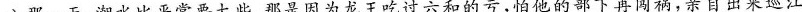
八那一天，潮水比平常要大些，那是因为龙王吃过六和的亏，怕他的部下再闯祸，亲自出来巡江